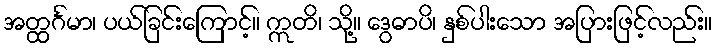
အတ္ထင်္ဂမာ၊ ပယ်ခြင်းကြောင့်။ ဣတိ၊ သို့။ ဒွေဓာပိ၊ နှစ်ပါးသော အပြားဖြင့်လည်း။